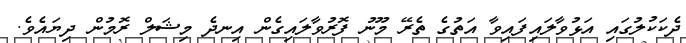
ދެކަކުލުގައި އަޅުވާލައިފައިވާ އަތުގެ ތެރޭ މޫނު ފޮރުވާލައިގެން އިނދެ މިޝަލް ރޮމުން ދިޔައެވެ.